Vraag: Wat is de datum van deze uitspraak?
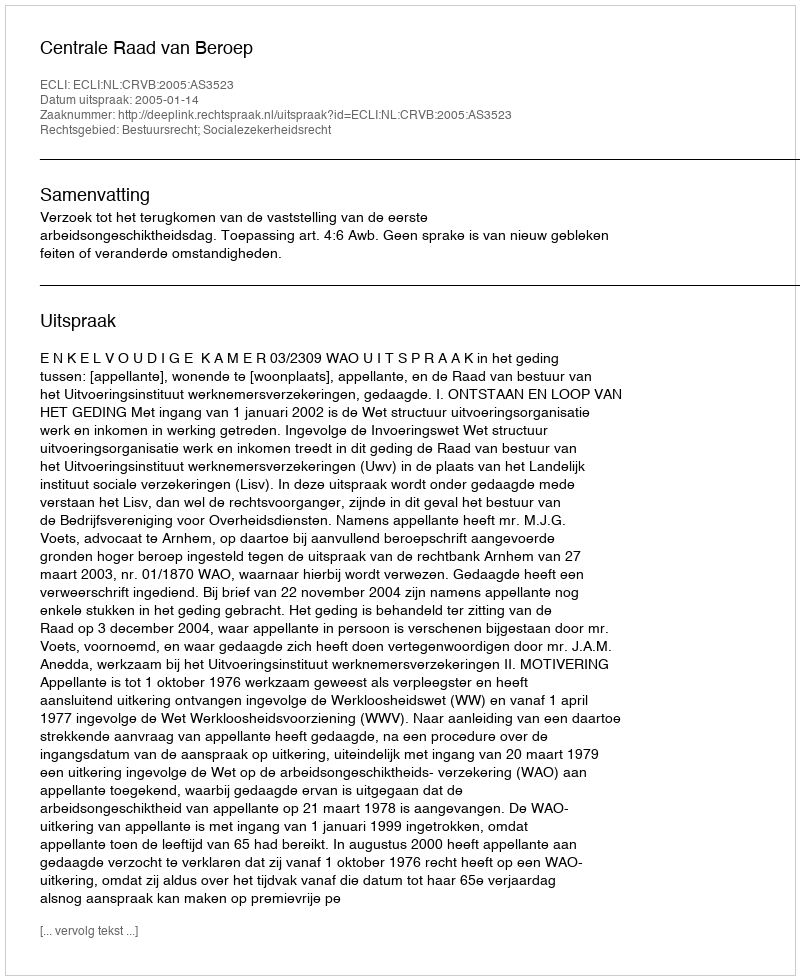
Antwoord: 2005-01-14